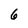
Character: 6